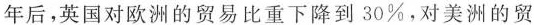
年后，英国对欧洲的贸易比重下降到30%，对美洲的贸